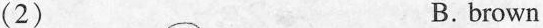
(2) B. brown